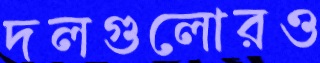
দলগুলোরও